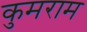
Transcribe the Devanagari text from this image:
कुमराम